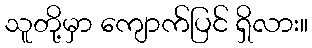
သူတို့မှာ ကျောက်ပြင် ရှိလား။